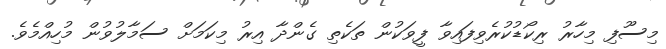
މިސޫފި މިހާރު ރިކޯޑުކުރެވިފައިވާ ފީވަކުން ތަކެތި ގެންދާ އިރު މިކަމަށް ސަމާލުވުން މުހިއްމެވެ.